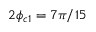
2 \phi _ { c 1 } = 7 \pi / 1 5